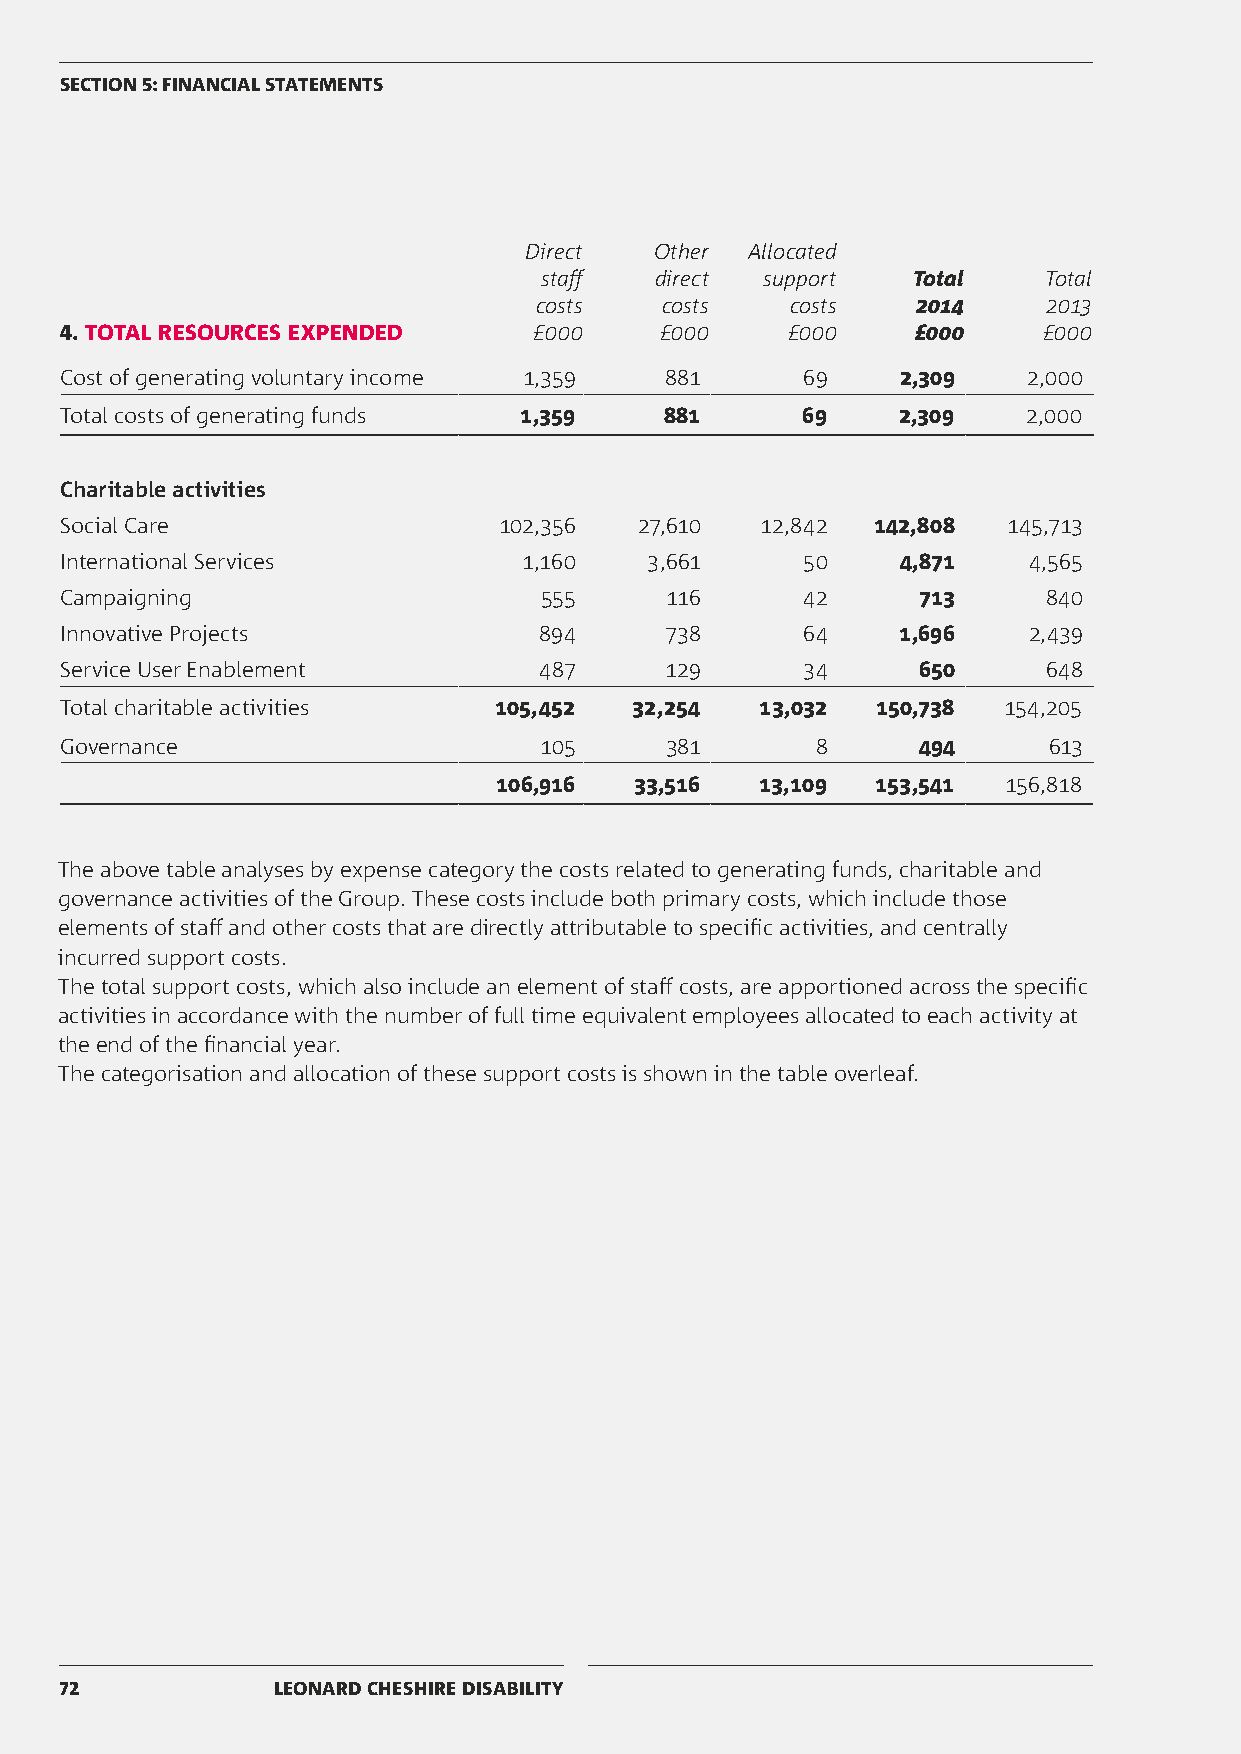
SECTION 5: FINANCIAL STATEMENTS
 Direct  Other  Allocated
 staff  direct support   Total    Total
 costs    costs   costs    2014    2013
 4. TOTAL RESOURCES EXPENDED    £000     £000    £000     £000    £000
 Cost of generating voluntary income 1,359 881    69     2,309   2,000
 Total costs of generating funds 1,359   881      69    2,309    2,000
 Charitable activities
 Social Care                  102,356  27,610  12,842  142,808  145,713
 International Services         1,160   3,661     50     4,871   4,565
 Campaigning                     555     116      42      713     840
 Innovative Projects             894     738      64     1,696   2,439
 Service User Enablement         487     129      34      650     648
 Total charitable activities  105,452  32,254  13,032  150,738 154,205
 Governance                      105     381       8      494     613
 106,916  33,516  13,109  153,541  156,818
 The above table analyses by expense category the costs related to generating funds, charitable and
 governance activities of the Group. These costs include both primary costs, which include those
 elements of staff and other costs that are directly attributable to specific activities, and centrally
 incurred support costs.
 The total support costs, which also include an element of staff costs, are apportioned across the specific
 activities in accordance with the number of full time equivalent employees allocated to each activity at
 the end of the financial year.
 The categorisation and allocation of these support costs is shown in the table overleaf.
 72            LEONARD CHESHIRE DISABILITY